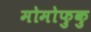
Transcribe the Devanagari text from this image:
मोमोफुकु